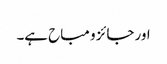
اور جائز و مباح ہے۔